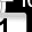
Digit: 1